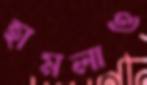
হামলাও